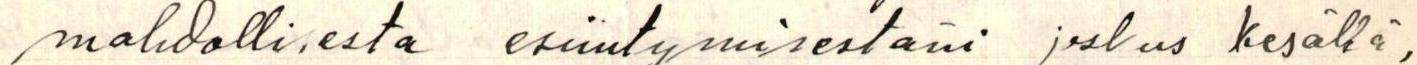
mahdollisesta esiintymisestäni joskus kesällä,